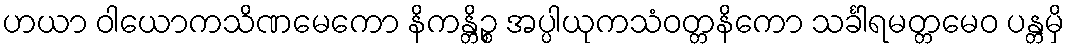
ဟယာ ဝါယောကသိဏမေကော နိကန္တိဉ္စ အပ္ပါယုကသံဝတ္တနိကော သင်္ခါရမတ္တမေဝ ပန္တမှိ